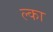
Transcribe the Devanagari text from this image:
ल्का